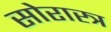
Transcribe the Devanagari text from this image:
सोरास्त्र